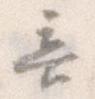
無